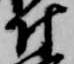
付